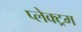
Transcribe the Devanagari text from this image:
प्लेक्ट्रम